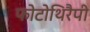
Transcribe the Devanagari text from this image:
फोटोथिरैपी